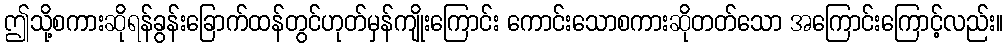
ဤသို့စကားဆိုရန်ခွန်းခြောက်ထန်တွင်ဟုတ်မှန်ကျိုးကြောင်း ကောင်းသောစကားဆိုတတ်သော အကြောင်းကြောင့်လည်း။